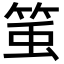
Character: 𥭥